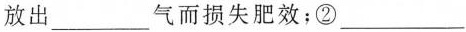
放出___气而损失肥效；②___